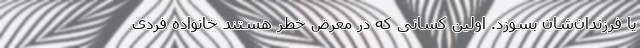
یا فرزندان‌شان بسوزد. اولین کسانی که در معرض خطر هستند خانواده فردی